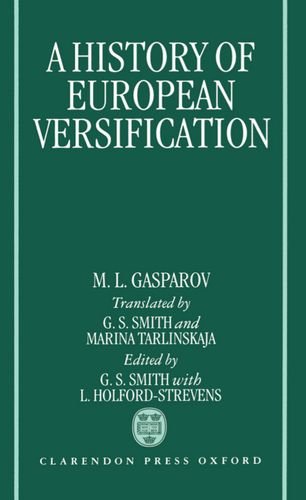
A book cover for A History of European Versification; M. L. Gasparov; Law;